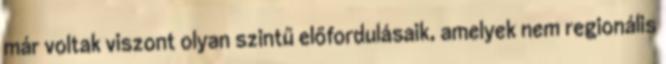
már voltak viszont olyan szintű előfordulásaik, amelyek nem regionális